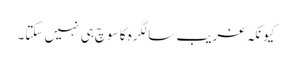
کیونکہ غریب سالگرہ کا سوچ ہی نہیں سکتا۔